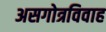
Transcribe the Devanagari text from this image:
असगोत्रविवाह